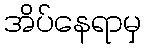
အိပ်နေရာမှ